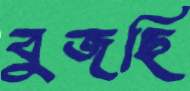
বুজছি